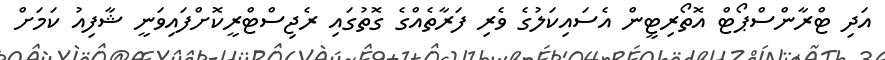
އަދި ޓްރާންސްޕޯޓް އޮތޯރިޓީން އެސައިކަލުގެ ވެރި ފަރާތެއްގެ ގޮތުގައި ރެޖިސްޓްރީކޮށްފައިވަނީ ޝާފިއު ކަމަށް